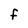
Character: F